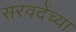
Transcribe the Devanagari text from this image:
सरवदेंच्या